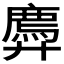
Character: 𫸠